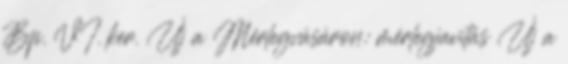
Bp. VI. ker. Új a Mérlegvásáron: mérlegjavítás Új a